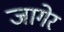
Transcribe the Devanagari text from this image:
जागेर